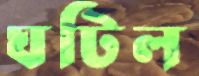
ঘটিল